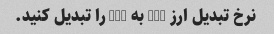
نرخ تبدیل ارز USD به CAD را تبدیل کنید.